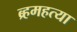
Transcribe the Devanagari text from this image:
ब्र्हमहत्या